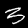
Label: 3